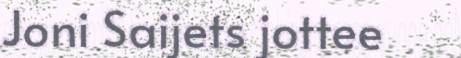
Joni Saijets jottee